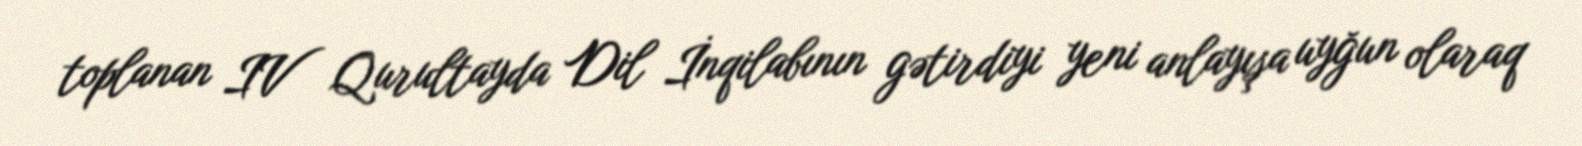
toplanan IV Qurultayda Dil İnqilabının gətirdiyi yeni anlayışa uyğun olaraq